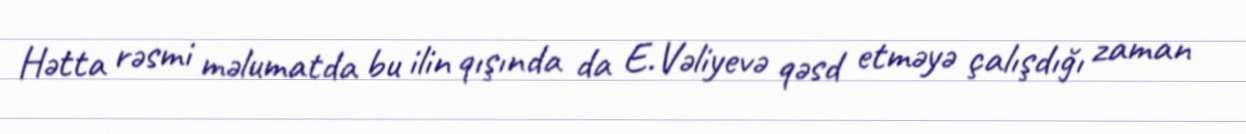
Hətta rəsmi məlumatda bu ilin qışında da E.Vəliyevə qəsd etməyə çalışdığı zaman